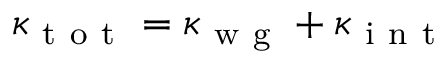
\kappa _ { \mathrm { ~ t ~ o ~ t ~ } } = \kappa _ { \mathrm { ~ w ~ g ~ } } + \kappa _ { \mathrm { ~ i ~ n ~ t ~ } }